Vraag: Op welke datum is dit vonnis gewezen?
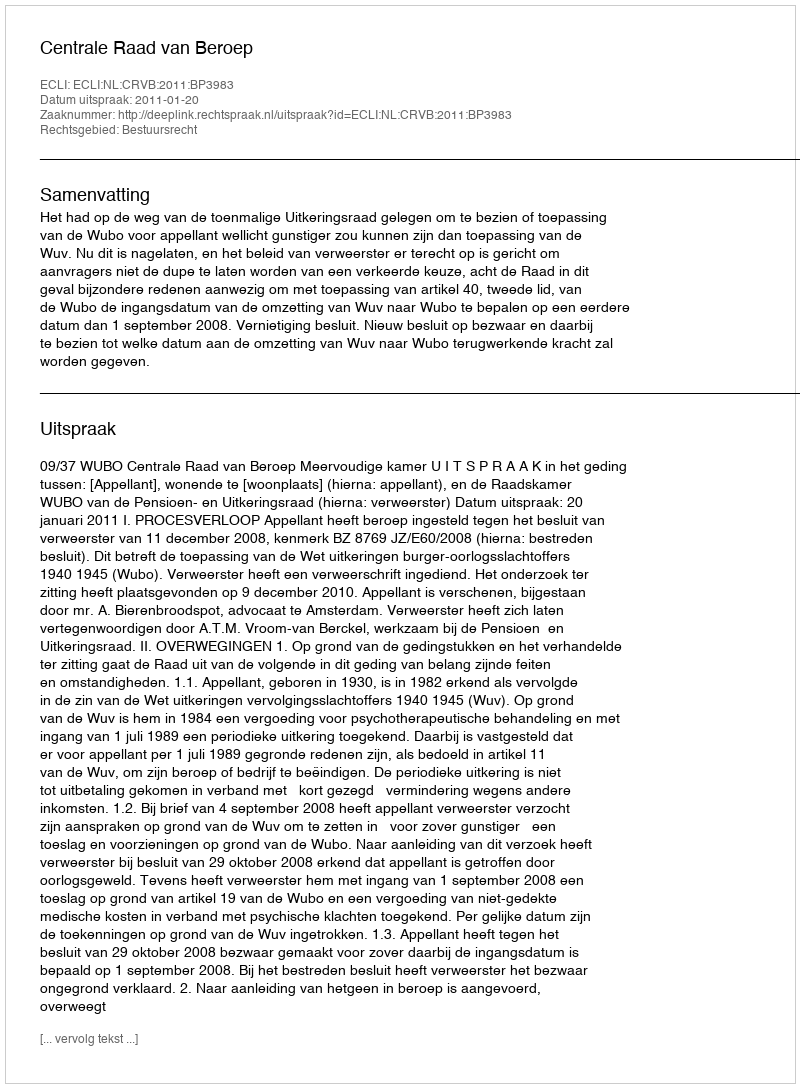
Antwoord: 2011-01-20